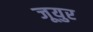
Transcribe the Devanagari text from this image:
जूयुर